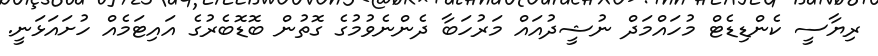
ރިޔާސީ ކެންޑިޑެޓް މުހައްމަދް ނުޝީދުއައް މަރުހަބާ ދެންނެވުމުގެ ގޮތުން ބޮޑޮބެރުގެ އައިޓަމެއް ހުށައަޅަނީ.